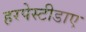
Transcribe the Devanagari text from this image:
हरपेस्टीडाए